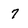
Character: 7